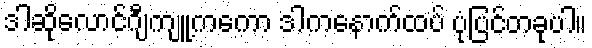
ဒါဆိုလောင်ဂျီကျူ့ကကော ဒါကနောက်ထပ် ပုံပြင်တခုပါ။